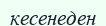
кесенеден